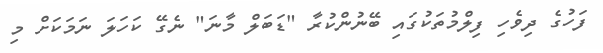
ފަހުުގެ ދިވެހި ފިލްމުތަކުގައި ބޭނުންކުރާ "ޑަބަލް މާނަ" ނެގޭ ކަހަލަ ނަމަކަށް މި